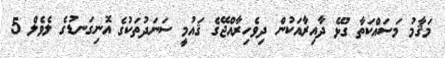
މަޤާމު މަސައްކަތާ ގުޅޭ ދާއިރާއަކުން ދިވެހިރާއްޖޭގެ ޤައުމީ ސަނަދުތަކުގެ އޮނިގަނޑުގެ ލެވެލް 5